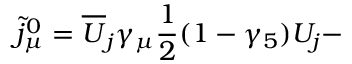
\widetilde { j } _ { \mu } ^ { 0 } = \overline { { { U } } } _ { j } \gamma _ { \mu } \frac 1 2 ( 1 - \gamma _ { 5 } ) U _ { j } -